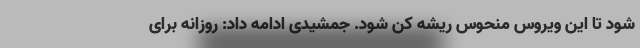
شود تا این ویروس منحوس ریشه کن شود. جمشیدی ادامه داد: روزانه برای